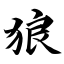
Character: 狼